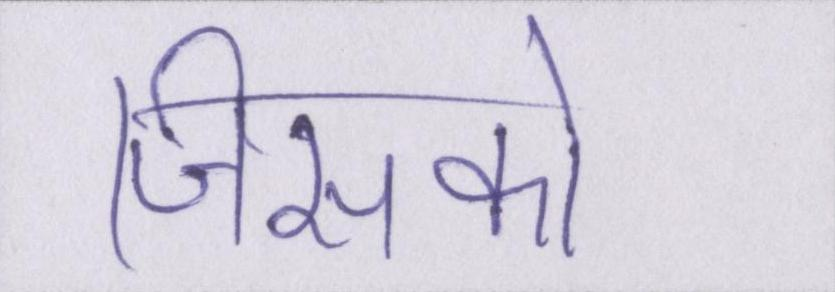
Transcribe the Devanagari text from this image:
जिसको